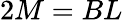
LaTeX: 2M=BL